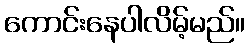
ကောင်းနေပါလိမ့်မည်။